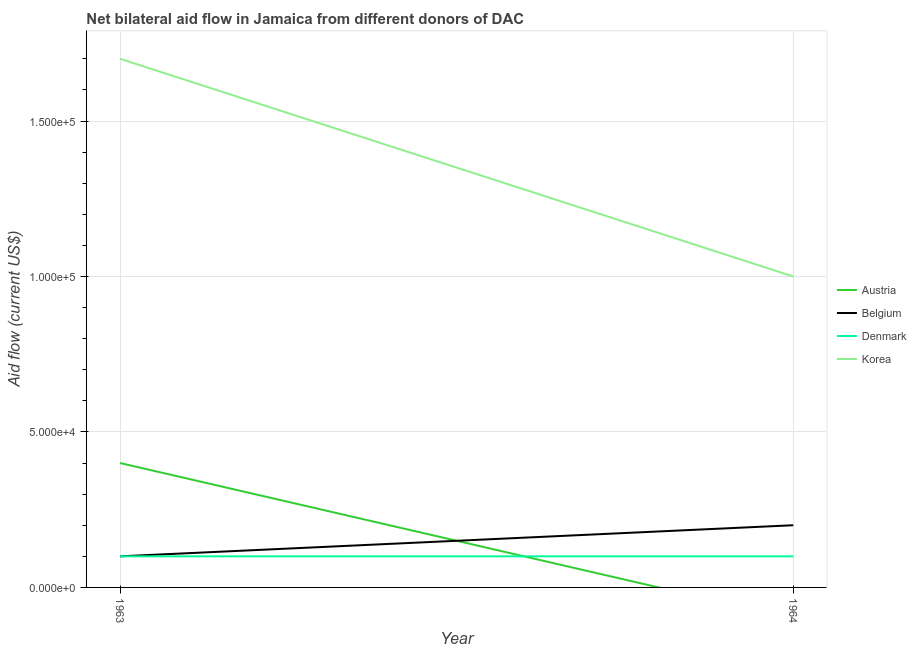
| Year | Austria | Belgium | Denmark | Korea |
 | --- | --- | --- | --- | --- |
 | 1963 | 4e+04 | 1e+04 | 1e+04 | 1.7e+05 |
 | 1964 | -1e+04 | 2e+04 | 1e+04 | 1e+05 |